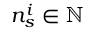
n _ { s } ^ { i } \in \mathbb { N }